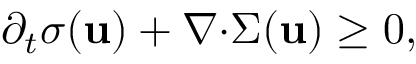
\partial _ { t } \sigma ( \mathbf { u } ) + \boldsymbol { \nabla } { \cdot } \boldsymbol { \Sigma } ( \mathbf { u } ) \geq 0 ,